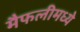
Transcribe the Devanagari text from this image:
मैफलीमध्ये